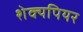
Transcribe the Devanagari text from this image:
शेक्यपियर